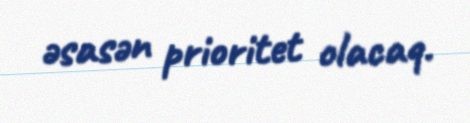
əsasən prioritet olacaq.